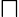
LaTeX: \sqcap